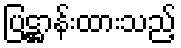
ပြဋ္ဌာန်းထားသည့်